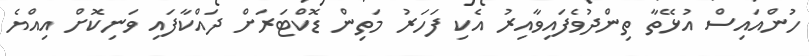
ހުންއައިސް އުޅޭތާ ތިންދުވެފައިވާއިރު އެކި ފަހަރު މަތިން ޑޮކްޓަރަށް ދައްކާފައި ވަނިކޮށް އިއްޔެ